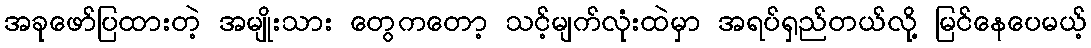
အခုဖော်ပြထားတဲ့ အမျိုးသား တွေကတော့ သင့်မျက်လုံးထဲမှာ အရပ်ရှည်တယ်လို့ မြင်နေပေမယ့်